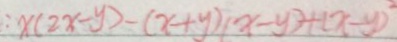
: x ( 2 x - y ) - ( x + y ) ( x - y ) + ( x - y ) ^ { 2 }